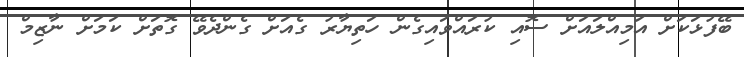
ބޭފުޅަކަށް އަމިއްލައަށް ސޮއި ކުރައްވައިގެން ހަތިޔާރު ގެއަށް ގެންދެވޭ ގޮތަށް ކަމަށް ނާޒިމް